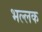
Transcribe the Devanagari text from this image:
भल्लक